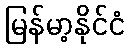
မြန်မာ့နိုင်ငံ